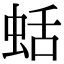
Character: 蛞